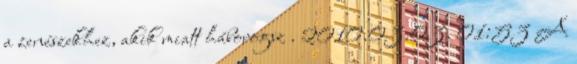
a zenészekhez, akik miatt háborogsz . 2010.03.03. 01:53 A